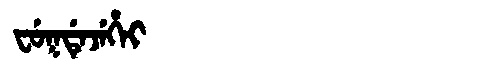
Manchu: ᠸᡠᡴᡩᡝᠵᡝᡥᡝᡳ
Romanization: FUKDEJEHEI